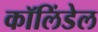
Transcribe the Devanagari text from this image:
कॉलिंडेल